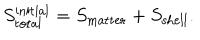
LaTeX: S _ { \mathrm { t o t a l } } ^ { \mathrm { i n i t i a l } } = S _ { \mathrm { m a t t e r } } + S _ { \mathrm { s h e l l } } .